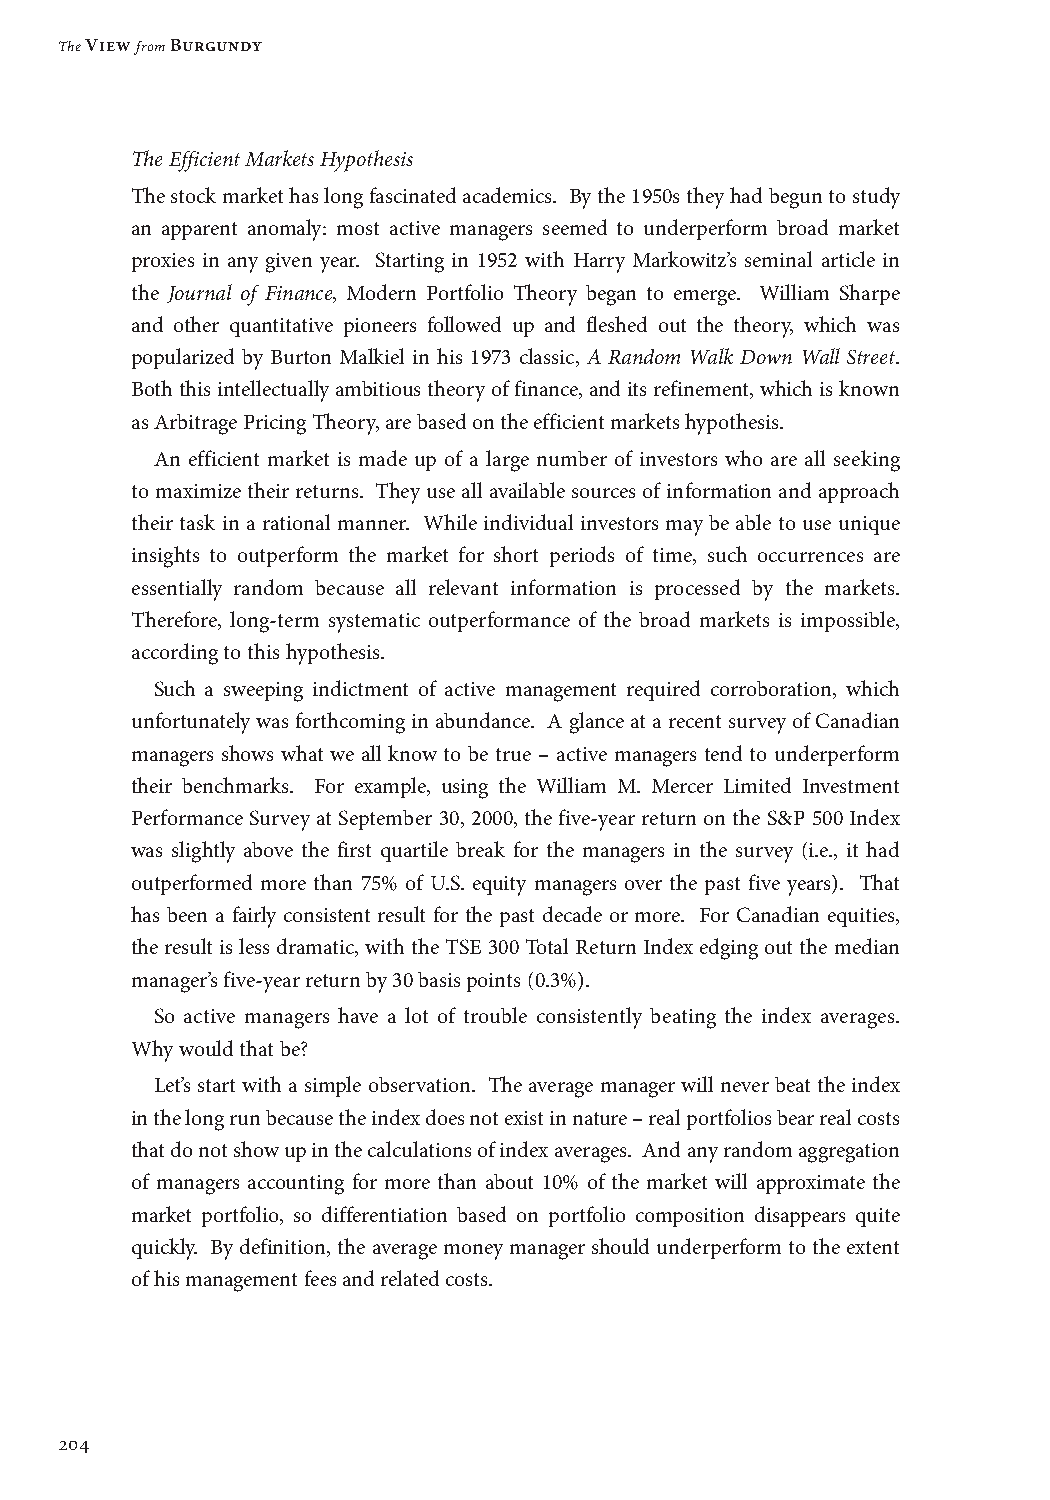
The View from Burgundy
 The Efficient Markets Hypothesis
 The stock market has long fascinated academics. By the 1950s they had begun to study
 an apparent anomaly: most active managers seemed to underperform broad market
 proxies in any given year. Starting in 1952 with Harry Markowitz’s seminal article in
 the Journal of Finance, Modern Portfolio Theory began to emerge. William Sharpe
 and other quantitative pioneers followed up and fleshed out the theory, which was
 popularized by Burton Malkiel in his 1973 classic, A Random Walk Down Wall Street.
 Both this intellectually ambitious theory of finance, and its refinement, which is known
 as Arbitrage Pricing Theory, are based on the efficient markets hypothesis.
 An efficient market is made up of a large number of investors who are all seeking
 to maximize their returns. They use all available sources of information and approach
 their task in a rational manner. While individual investors may be able to use unique
 insights to outperform the market for short periods of time, such occurrences are
 essentially random because all relevant information is processed by the markets.
 Therefore, long-term systematic outperformance of the broad markets is impossible,
 according to this hypothesis.
 Such a sweeping indictment of active management required corroboration, which
 unfortunately was forthcoming in abundance. A glance at a recent survey of Canadian
 managers shows what we all know to be true – active managers tend to underperform
 their benchmarks. For example, using the William M. Mercer Limited Investment
 Performance Survey at September 30, 2000, the five-year return on the S&P 500 Index
 was slightly above the first quartile break for the managers in the survey (i.e., it had
 outperformed more than 75% of U.S. equity managers over the past five years). That
 has been a fairly consistent result for the past decade or more. For Canadian equities,
 the result is less dramatic, with the TSE 300 Total Return Index edging out the median
 manager’s five-year return by 30 basis points (0.3%).
 So active managers have a lot of trouble consistently beating the index averages.
 Why would that be?
 Let’s start with a simple observation. The average manager will never beat the index
 in the long run because the index does not exist in nature – real portfolios bear real costs
 that do not show up in the calculations of index averages. And any random aggregation
 of managers accounting for more than about 10% of the market will approximate the
 market portfolio, so differentiation based on portfolio composition disappears quite
 quickly. By definition, the average money manager should underperform to the extent
 of his management fees and related costs.
 204